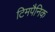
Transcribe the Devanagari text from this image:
टिमपैनिक